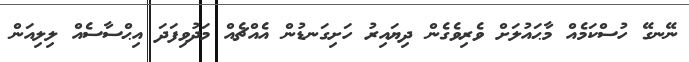
ނޭނގޭ ހުސްކަމެއް މާޙައުލަށް ވެރިވެގެން ދިޔައިރު ހަށިގަނޑުން އެއްޗެއް މަދުވިފަދަ އިޙްސާސެއް ލިލިއަން